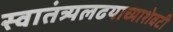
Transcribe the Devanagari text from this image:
स्वातंत्र्यलढयाच्याशेवटी